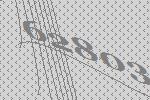
62803